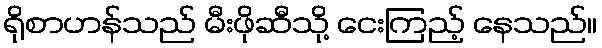
ရိုစာဟန်သည် မီးဖိုဆီသို့ ငေးကြည့် နေသည်။